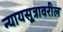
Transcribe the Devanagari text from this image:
न्यायसूत्रावरील